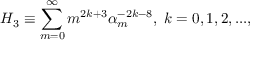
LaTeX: H _ { 3 } \equiv \sum _ { m = 0 } ^ { \infty } m ^ { 2 k + 3 } \alpha _ { m } ^ { - 2 k - 8 } , \; k = 0 , 1 , 2 , . . . ,